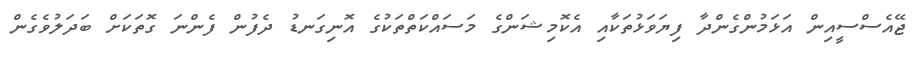
ޖޭއެސްސީއިން އަޅަމުންގެންދާ ފިޔަވަޅުތަކާއި އެކޮމިޝަންގެ މަސައްކަތްތަކުގެ އޮނިގަނޑު ދެފުން ފެންނަ ގޮތަކަށް ބަދަލުވެގެން